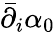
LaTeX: \bar{\partial}_{i}\alpha_{0}